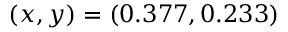
( x , y ) = ( 0 . 3 7 7 , 0 . 2 3 3 )